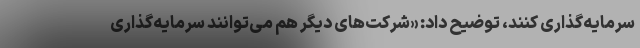
سرمایه‌گذاری کنند، توضیح داد: «شرکت‌های دیگر هم می‌توانند سرمایه‌گذاری